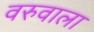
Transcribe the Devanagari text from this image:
वरुवाला